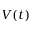
V ( t )